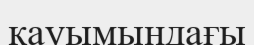
қауымындағы